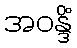
အဝန္ဒိံ